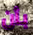
بأن